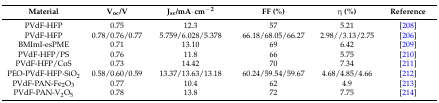
<table><thead><tr><td><b>Material</b></td><td><b>V<sub>oc</sub>/V</b></td><td><b>J<sub>sc</sub>/mA·cm<sup>−</sup><sup>2</sup></b></td><td><b>FF (%)</b></td><td><b>η (%)</b></td><td><b>Reference</b></td></tr></thead><tbody><tr><td>PVdF-HFP</td><td>0.75</td><td>12.3</td><td>57</td><td>5.21</td><td>[208]</td></tr><tr><td>PVdF-HFP</td><td>0.78/0.76/0.77</td><td>5.759/6.028/5.378</td><td>66.18/68.05/66.27</td><td>2.98//3.13/2.75</td><td>[206]</td></tr><tr><td>BMImI-esPME</td><td>0.71</td><td>13.10</td><td>69</td><td>6.42</td><td>[209]</td></tr><tr><td>PVdF-HFP/PS</td><td>0.76</td><td>11.8</td><td>66</td><td>5.75</td><td>[210]</td></tr><tr><td>PVdF-HFP/CoS</td><td>0.73</td><td>14.42</td><td>70</td><td>7.34</td><td>[211]</td></tr><tr><td>PEO-PVdF-HFP-SiO<sub>2</sub></td><td>0.58/0.60/0.59</td><td>13.37/13.63/13.18</td><td>60.24/59.54/59.67</td><td>4.68/4.85/4.66</td><td>[212]</td></tr><tr><td>PVdF-PAN-Fe<sub>2</sub>O<sub>3</sub></td><td>0.77</td><td>10.4</td><td>62</td><td>4.9</td><td>[213]</td></tr><tr><td>PVdF-PAN-V<sub>2</sub>O<sub>5</sub></td><td>0.78</td><td>13.8</td><td>72</td><td>7.75</td><td>[214]</td></tr></tbody></table>